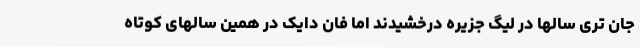
جان تری سالها در لیگ جزیره درخشیدند اما فان دایک در همین سالهای کوتاه